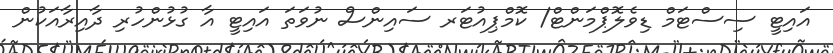
އައިޓީ ސިސްޓަމް ޑިވެލޮޕްމަންޓް/ ކޮމްޕިއުޓަރ ސައިންސް ނުވަތަ އައިޓީ އާ ގުޅުންހުރި ދާއިރާއަކުން